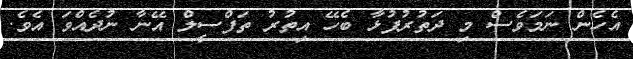
އެހެން ނަމަވެސް މި ދަތުރުފުޅާ ބެހޭ އިތުރު ތަފްސީލް އޭނާ ނުދެއްވަ އެވެ.